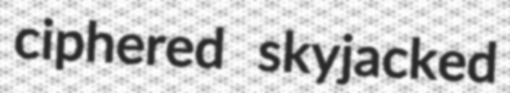
ciphered skyjacked